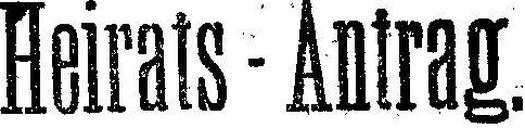
Heirats - Antrag.